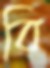
বি